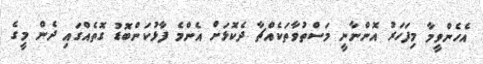
އެހެންވީމާ މިފަހަރު އޮންނާނީ މަސްތުވާތަކެއްޗާ ދެކޮޅަށް އެންމެ ފާޅުކަންބޮޑު ގޮތެއްގައި ދެން މީގެ